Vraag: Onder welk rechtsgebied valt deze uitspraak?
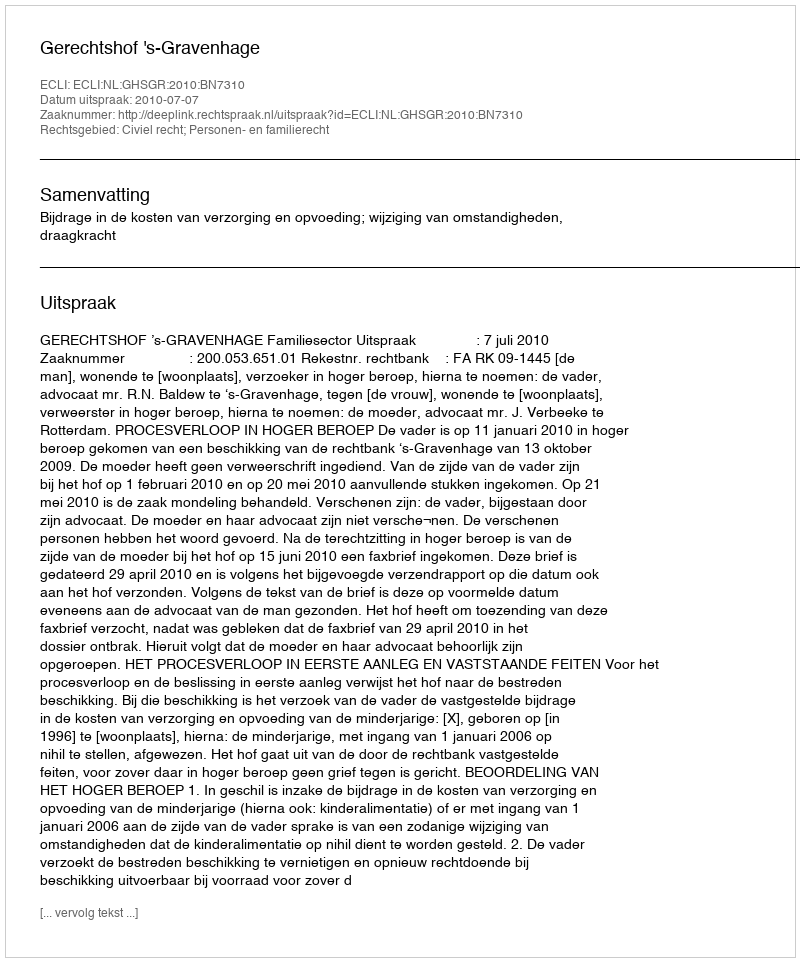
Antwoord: Civiel recht; Personen- en familierecht